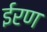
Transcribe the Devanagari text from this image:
ईरण